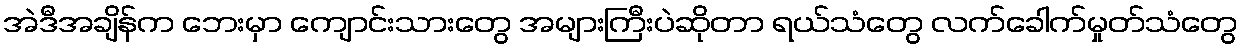
အဲဒီအချိန်က ဘေးမှာ ကျောင်းသားတွေ အများကြီးပဲဆိုတာ ရယ်သံတွေ လက်ခေါက်မှုတ်သံတွေ